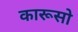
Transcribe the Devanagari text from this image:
कारूसो